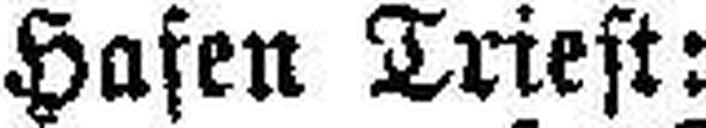
Hafen Triest: